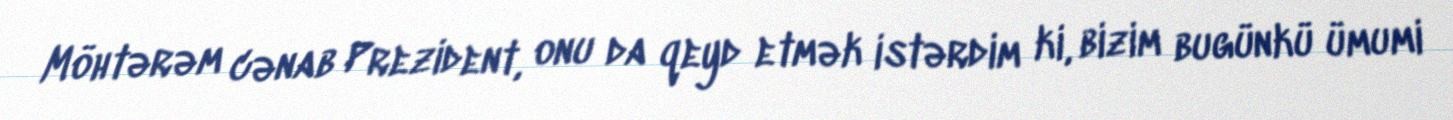
Möhtərəm cənab Prezident, onu da qeyd etmək istərdim ki, bizim bugünkü ümumi